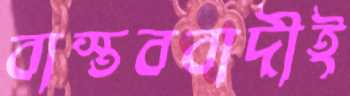
বাস্তববাদীই